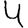
Digit: 4